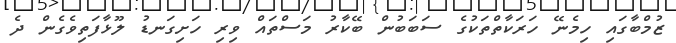
ޒުމްބާގައި ހިމެނޭ ހަރަކާތްތަކުގެ ސަބަބުން ބޭކާރު މަސްތައް ވިރި ހަށިގަނޑު ލޫޅާފަތިވެގެން ދެ